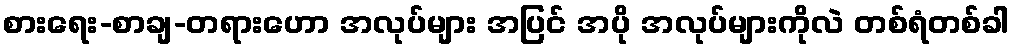
စားရေး-စာချ-တရားဟော အလုပ်များ အပြင် အပို အလုပ်များကိုလဲ တစ်ရံတစ်ခါ